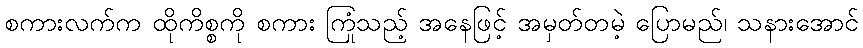
စကားလက်က ထိုကိစ္စကို စကား ကြုံသည့် အနေဖြင့် အမှတ်တမဲ့ ပြောမည်၊ သနားအောင်